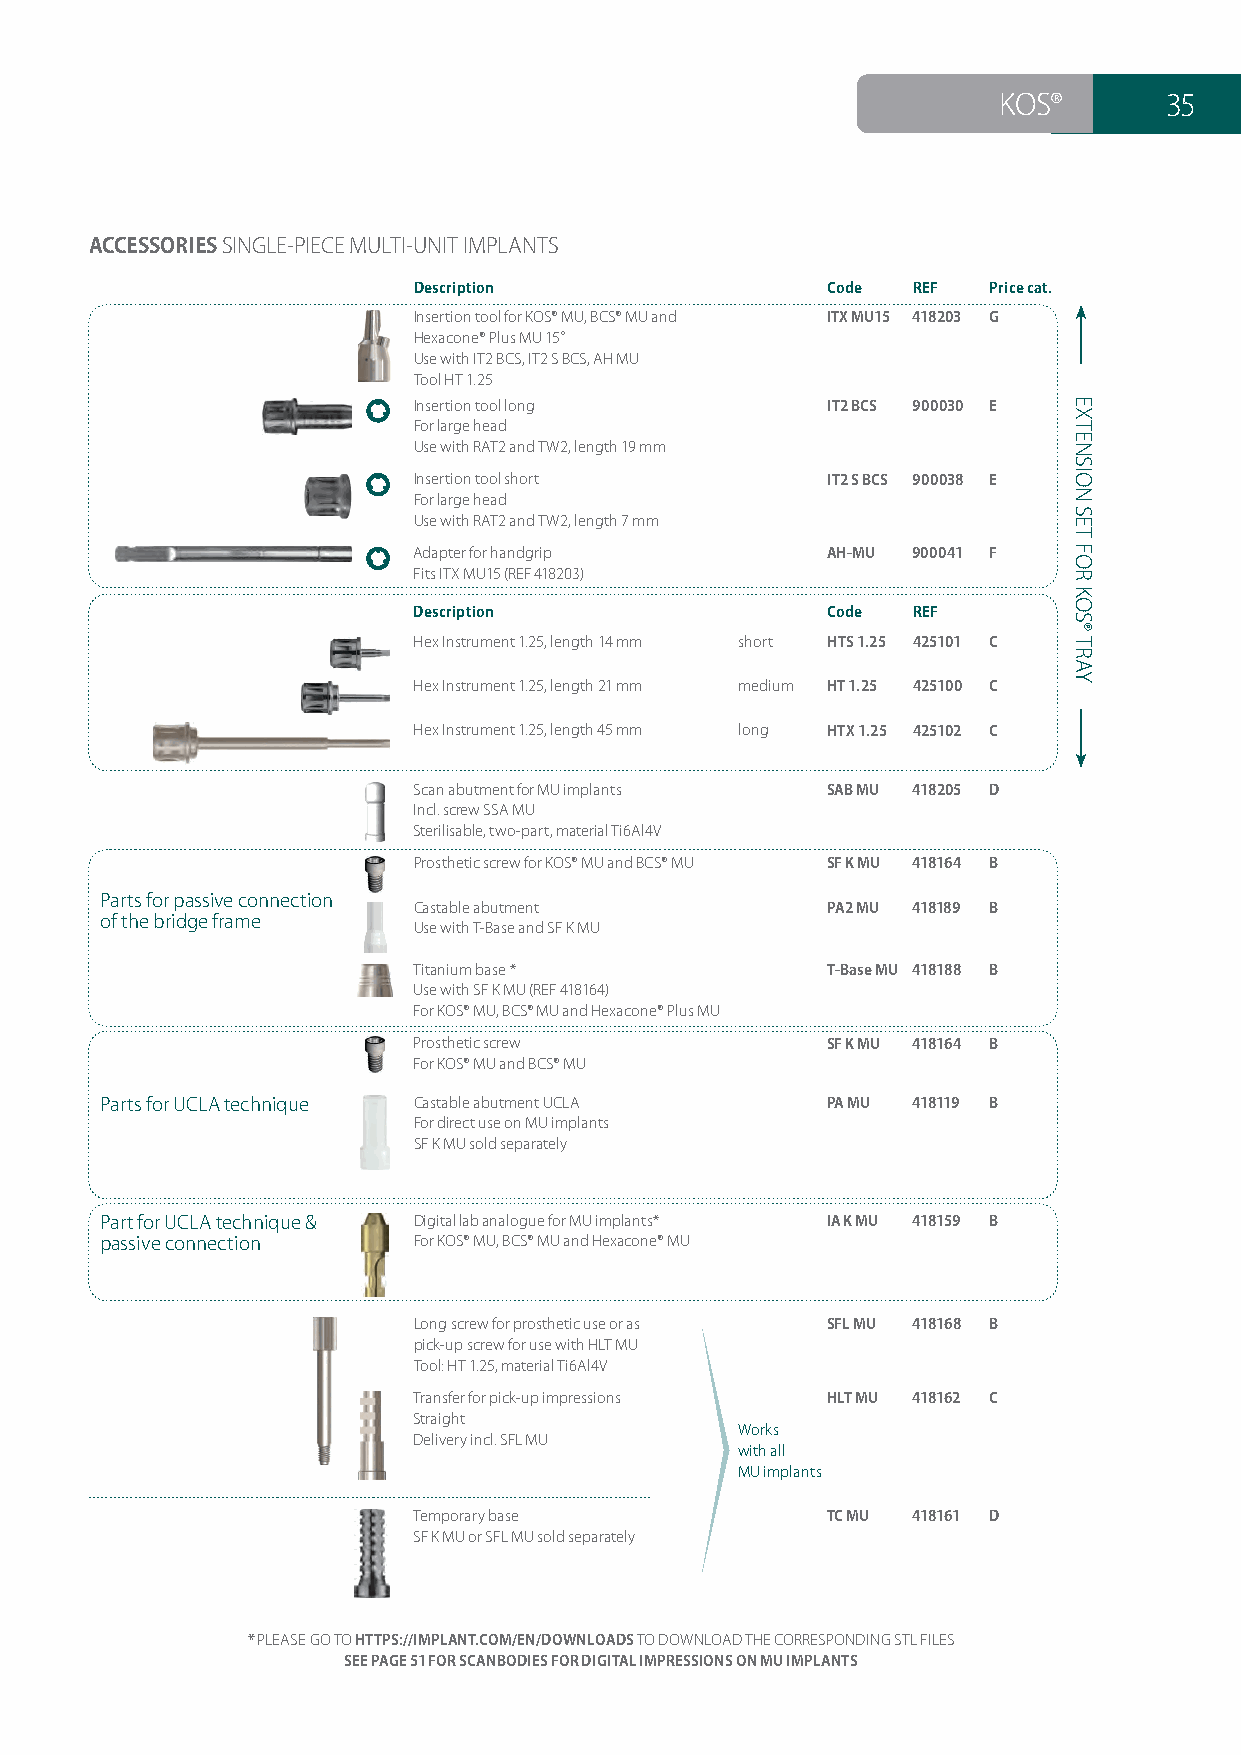
KOS®       35
 ACCESSORIES SINGLE-PIECE MULTI-UNIT IMPLANTS
 Description                 Code REF  Price cat.
 Insertion tool for KOS® MU, BCS® MU and ITX MU15 418203 G
 Hexacone® Plus MU 15°
 Use with IT2 BCS, IT2 S BCS, AH MU
 Tool HT 1.25
 Insertion tool long         IT2 BCS 900030 E
 For large head
 Use with RAT2 and TW2, length 19 mm
 Insertion tool short        IT2 S BCS 900038 E
 For large head
 Use with RAT2 and TW2, length 7 mm
 Adapter for handgrip        AH-MU 900041 F
 Fits ITX MU15 (REF 418203)
 Description                 Code REF
 Hex Instrument 1.25, length 14 mm short HTS 1.25 425101 C
 Hex Instrument 1.25, length 21 mm medium HT 1.25 425100 C
 Hex Instrument 1.25, length 45 mm long HTX 1.25 425102 C
 Scan abutment for MU implants SAB MU 418205 D
 Incl. screw SSA MU
 Sterilisable, two-part, material Ti6Al4V
 Prosthetic screw for KOS® MU and BCS® MU SF K MU 418164 B
 Parts for passive connection
 Castable abutment           PA2 MU 418189 B
 of the bridge frame
 Use with T-Base and SF K MU
 Titanium base *             T-Base MU 418188 B
 Use with SF K MU (REF 418164)
 For KOS® MU, BCS® MU and Hexacone® Plus MU
 Prosthetic screw            SF K MU 418164 B
 For KOS® MU and BCS® MU
 Parts for UCLA technique Castable abutment UCLA PA MU 418119 B
 For direct use on MU implants
 SF K MU sold separately
 Part for UCLA technique & Digital lab analogue for MU implants* IA K MU 418159 B
 passive connection  For KOS® MU, BCS® MU and Hexacone® MU
 Long screw for prosthetic use or as SFL MU 418168 B
 pick-up screw for use with HLT MU
 Tool: HT 1.25, material Ti6Al4V
 Transfer for pick-up impressions HLT MU 418162 C
 Straight
 Works
 Delivery incl. SFL MU
 with all
 MU implants
 Temporary base              TC MU 418161 D
 SF K MU or SFL MU sold separately
 * PLEASE GO TO HTTPS://IMPLANT.COM/EN/DOWNLOADS TO DOWNLOAD THE CORRESPONDING STL FILES
 SEE PAGE 51 FOR SCANBODIES FOR DIGITAL IMPRESSIONS ON MU IMPLANTS
 EXTENSION
 SET
 FOR
 KOS®
 TRAY